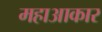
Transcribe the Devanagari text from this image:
महाआकार